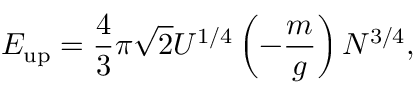
E _ { \mathrm { u p } } = { \frac { 4 } { 3 } } \pi { \sqrt { 2 } } U ^ { 1 / 4 } \left( - { \frac { m } { g } } \right) N ^ { 3 / 4 } ,